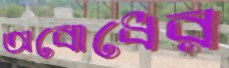
অবোধের